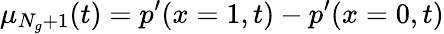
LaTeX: \mu_{N_{g}+1}(t)=p^{\prime}(x=1,t)-p^{\prime}(x=0,t)